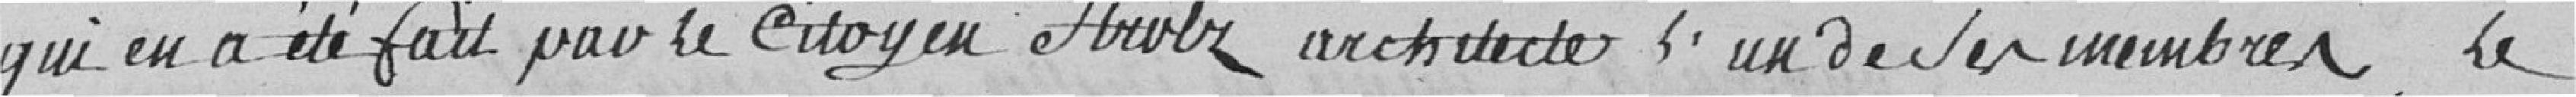
qui en a été fait par le Citoyen Arutz architecte l'un de ses membres Le